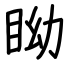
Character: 眑